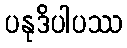
ပနုဒိပါပဿ